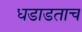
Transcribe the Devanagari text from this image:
धडाडताच